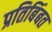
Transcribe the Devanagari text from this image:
प्रतिबिंबत